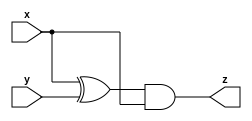
module IA (input x, input y, output z);
    assign z = (x^y) & x;
endmodule

module IB ( input x, input y, output z );
    assign z = ~(x ^ y);
endmodule

module top_module (input x, input y, output z);
	wire z1, z2;
    IA obj1(x, y, z1);
    IB obj2(x, y, z2);
    
    assign z = (z1 | z2) ^ (z1 & z2);
endmodule